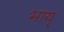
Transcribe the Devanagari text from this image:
भाय्